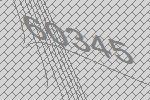
60345